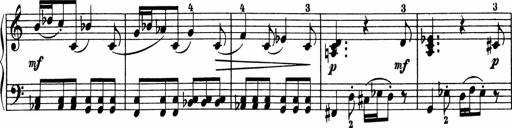
Title: 5 Sonatinen fÃ¼r die Jugend
Composer: Carl Reinecke